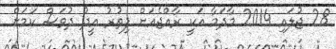
28 ޖުލައި 2014 މާދަމާ އަކީ ރާއްޖެއަށް ފިތުރު އީދު ދުވަސް ކަމަށް